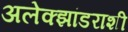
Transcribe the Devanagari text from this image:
अलेक्झांडराशी